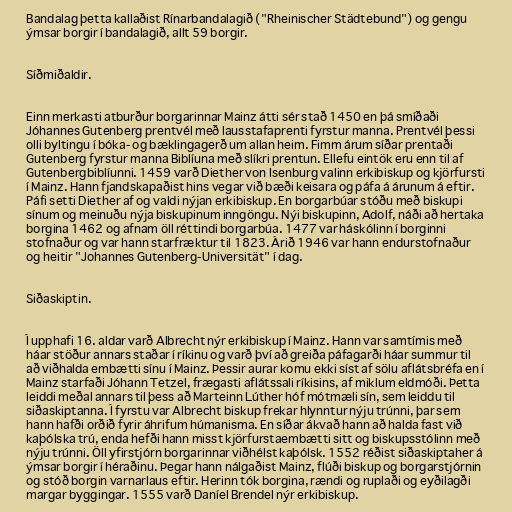
Bandalag þetta kallaðist Rínarbandalagið ("Rheinischer Städtebund") og gengu
ýmsar borgir í bandalagið, allt 59 borgir.

Síðmiðaldir.

Einn merkasti atburður borgarinnar Mainz átti sér stað 1450 en þá smíðaði
Jóhannes Gutenberg prentvél með lausstafaprenti fyrstur manna. Prentvél þessi
olli byltingu í bóka- og bæklingagerð um allan heim. Fimm árum síðar prentaði
Gutenberg fyrstur manna Biblíuna með slíkri prentun. Ellefu eintök eru enn til af
Gutenbergbiblíunni. 1459 varð Diether von Isenburg valinn erkibiskup og kjörfursti
í Mainz. Hann fjandskapaðist hins vegar við bæði keisara og páfa á árunum á eftir.
Páfi setti Diether af og valdi nýjan erkibiskup. En borgarbúar stóðu með biskupi
sínum og meinuðu nýja biskupinum inngöngu. Nýi biskupinn, Adolf, náði að hertaka
borgina 1462 og afnam öll réttindi borgarbúa. 1477 var háskólinn í borginni
stofnaður og var hann starfræktur til 1823. Árið 1946 var hann endurstofnaður
og heitir "Johannes Gutenberg-Universität" í dag.

Siðaskiptin.

Í upphafi 16. aldar varð Albrecht nýr erkibiskup í Mainz. Hann var samtímis með
háar stöður annars staðar í ríkinu og varð því að greiða páfagarði háar summur til
að viðhalda embætti sínu í Mainz. Þessir aurar komu ekki síst af sölu aflátsbréfa en í
Mainz starfaði Jóhann Tetzel, frægasti aflátssali ríkisins, af miklum eldmóði. Þetta
leiddi meðal annars til þess að Marteinn Lúther hóf mótmæli sín, sem leiddu til
siðaskiptanna. Í fyrstu var Albrecht biskup frekar hlynntur nýju trúnni, þar sem
hann hafði orðið fyrir áhrifum húmanisma. En síðar ákvað hann að halda fast við
kaþólska trú, enda hefði hann misst kjörfurstaembætti sitt og biskupsstólinn með
nýju trúnni. Öll yfirstjórn borgarinnar viðhélst kaþólsk. 1552 réðist siðaskiptaher á
ýmsar borgir í héraðinu. Þegar hann nálgaðist Mainz, flúði biskup og borgarstjórnin
og stóð borgin varnarlaus eftir. Herinn tók borgina, rændi og ruplaði og eyðilagði
margar byggingar. 1555 varð Daníel Brendel nýr erkibiskup.